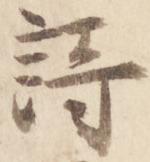
詩